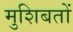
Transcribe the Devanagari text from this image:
मुशिबतों